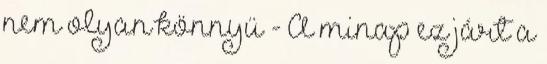
nem olyan könnyü - A minap ez járt a